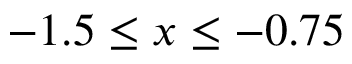
- 1 . 5 \le x \le - 0 . 7 5